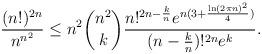
LaTeX: \begin{align*} \frac{(n!)^{2n}}{n^{n^2}} \le n^2 \binom{n^2}{k}\frac{n!^{2n-\frac{k}{n}}e^{n(3+\frac{\ln(2\pi n)^2}{4})}}{(n-\frac{k}{n})!^{2n}e^k}.\end{align*}